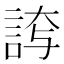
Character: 𮘊